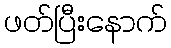
ဖတ်ပြီးနောက်